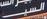
السية